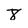
Character: 8